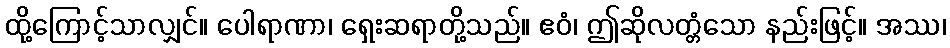
ထို့ကြောင့်သာလျှင်။ ပေါရာဏာ၊ ရှေးဆရာတို့သည်။ ဧဝံ၊ ဤဆိုလတ္တံသော နည်းဖြင့်။ အဿ၊